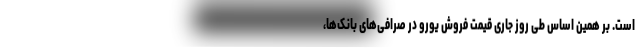
است. بر همین‌ اساس طی روز جاری قیمت فروش یورو در صرافی‌های بانک‌ها،